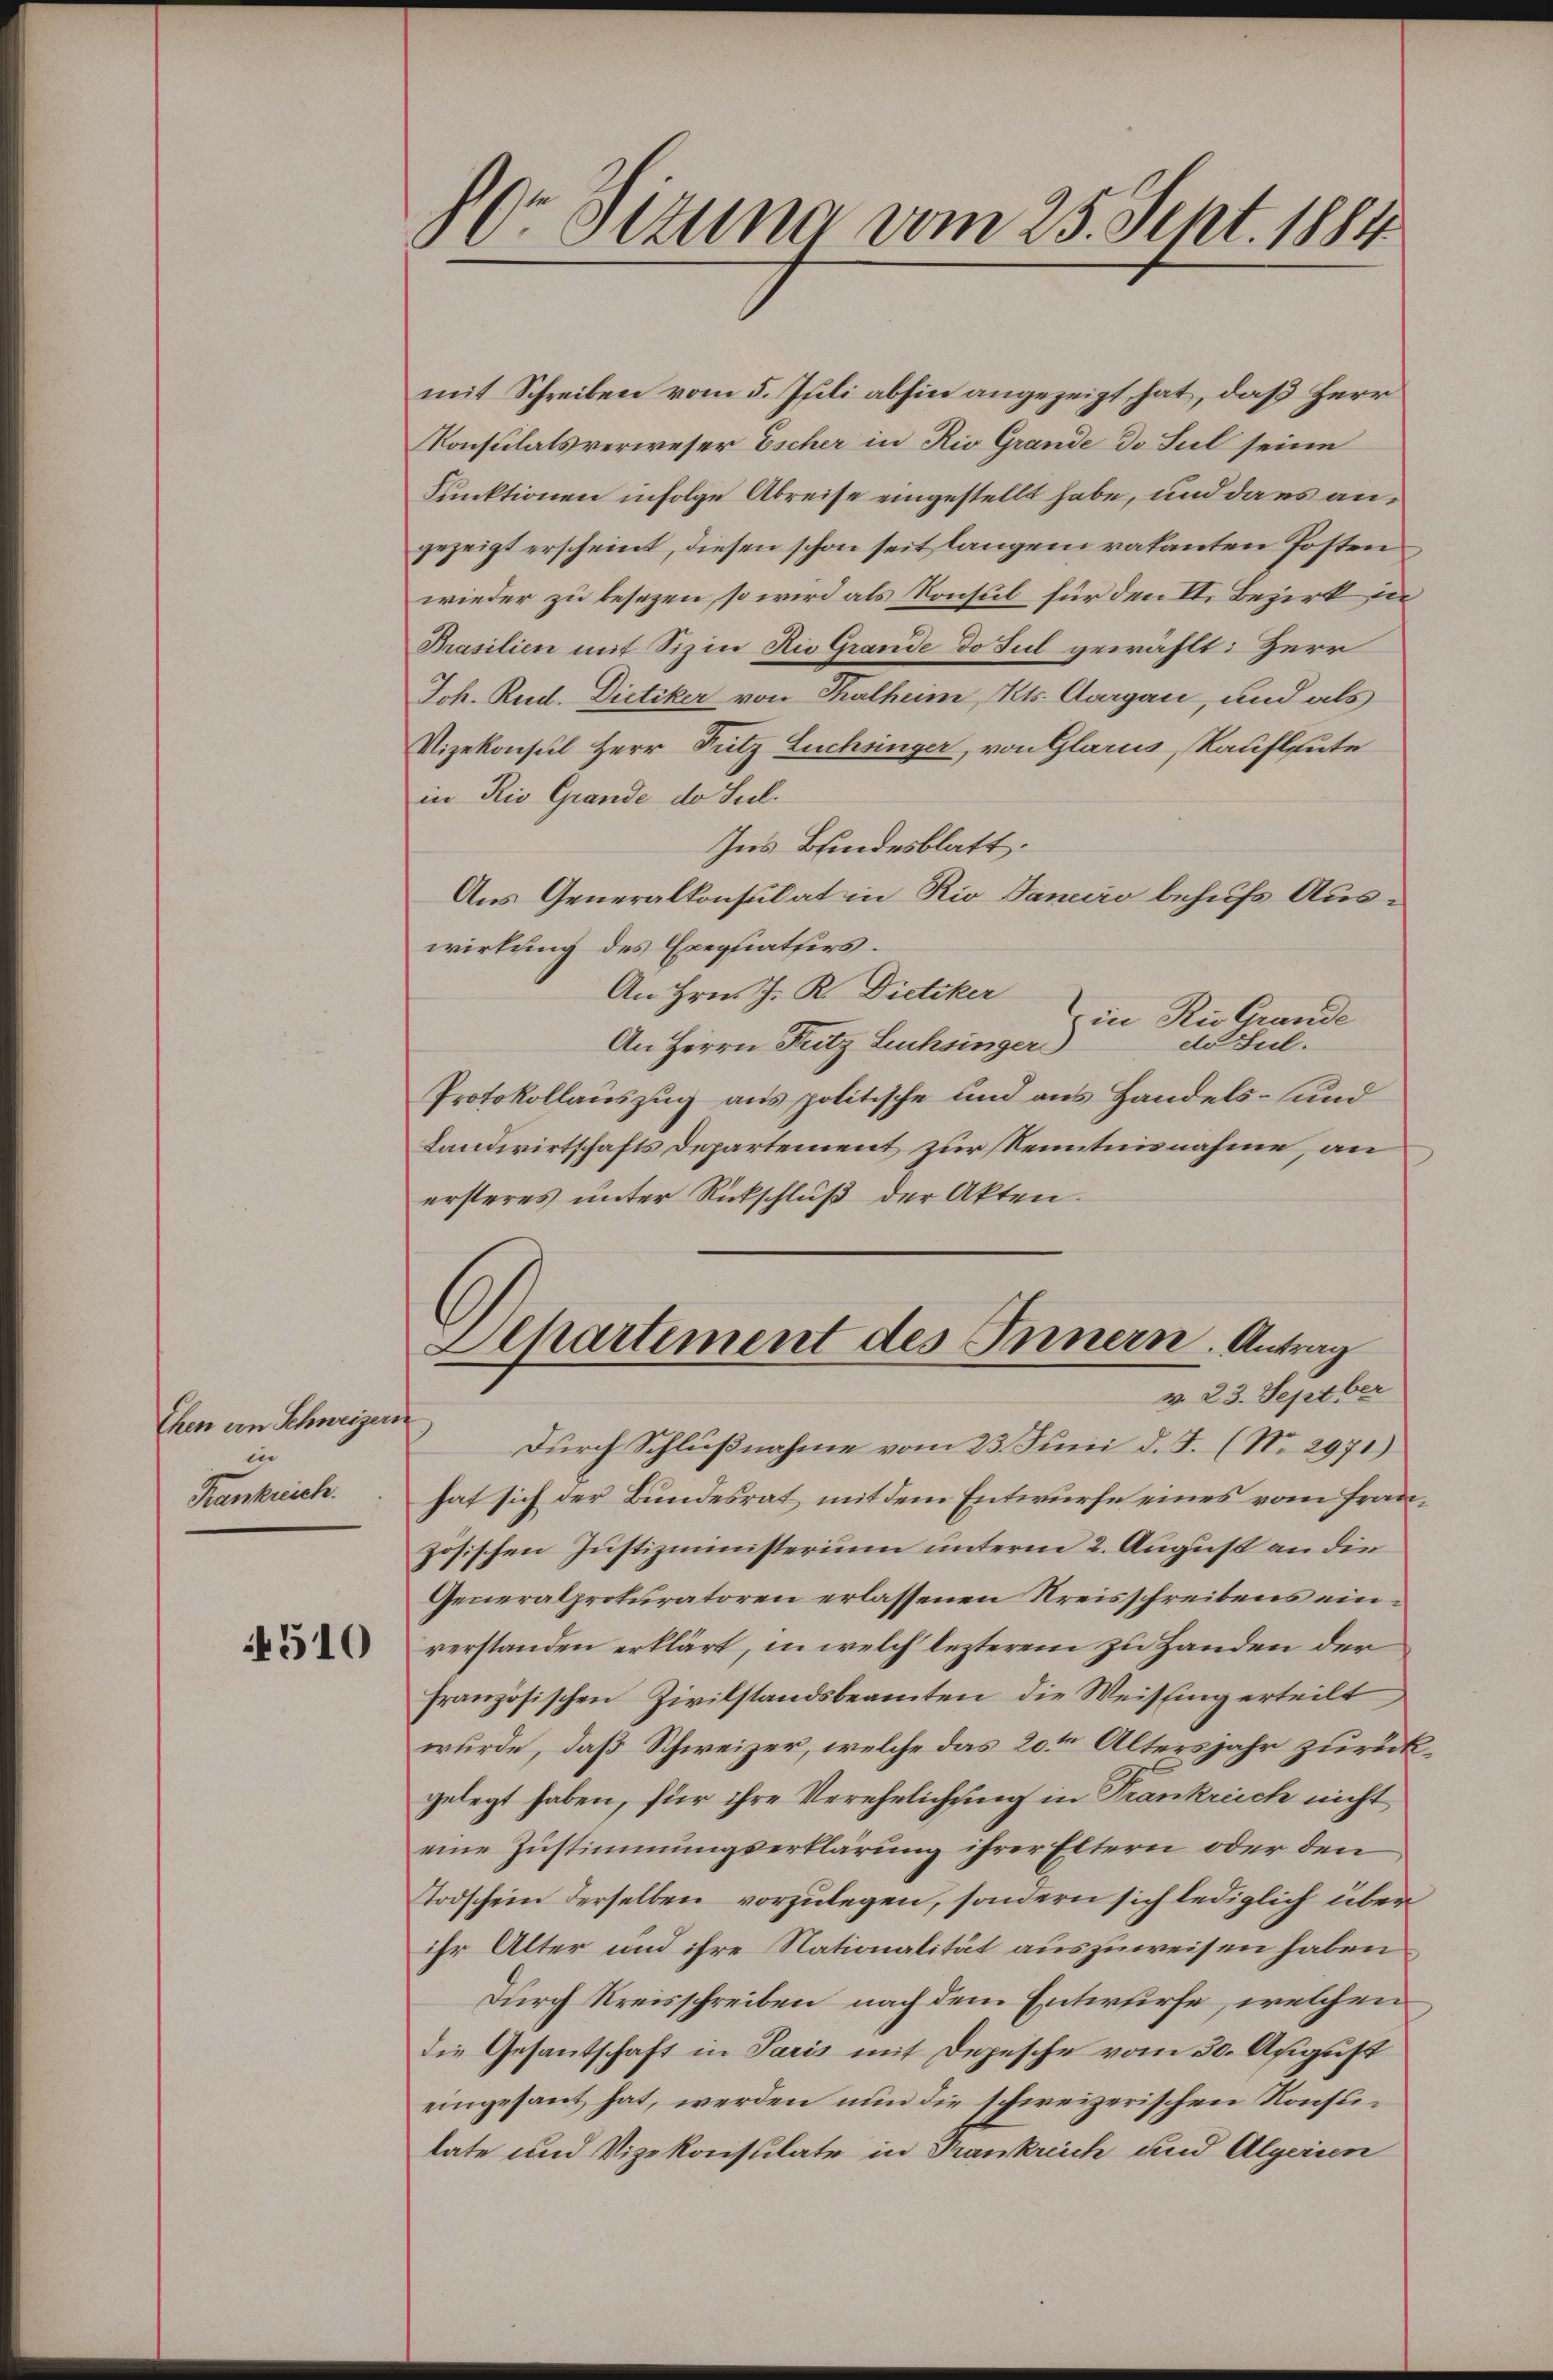
then von Schweizer
in
Krankreich.

510

30r Ottung vom 25. Sept. 1884

mit Schreiben vom 5. Juli abhin angezeigt hat, daß Herr
Konsulatsverweser Escher in Rio Grande do sul seine
Funktionen infolge Abreise eingestellt habe, und dass angezeigt erscheint, diesen schon seit langem vakanten Posten
wieder zu besezen, so wird als Konsul für den II. Bezirk in
Prasilien mit Sizin die Grande do sul gewählt: Herr
Joh. Rud. Dietiker von Thalheim, Kts. Aargau, und als
Vizekonsul Herr Fritz Luchinger, von Glarus, Kaufleute
in Rio Grande de Seel¬
Ins Bindesblatt.
Aus Generalkonsulat in Rio Janeiro behufs Auswirkung des Exegiatsers.
An Hrn. J. R. Dietiker
Zin zu Grunde
de Jul.
An Herrn Fritz Luchsinger
Protokollauszug aus politische und aus Handels- und
Landwirtschafts Departement zur Kenntnisnahme, an
ersteres unter Rückschluß der Akten.
Separtement des Innern. Antrag
v. 23. Sept ber
Durch Schlußnahme vom 23. Juni d. J. (No. 2971)
hat sich der Bundesrat mit dem Entwurfe eines vom Frazösischen Justizministerium unterm 2. August an die
Generalprokuratoren erlassenen Kreisschreibens einverstanden erklärt, in welch lezterem zu Handen der
französischen Zivilstandsbeamten die Weissing erteilt
wurde, daß Schweizer, welche das 20ten Altersjahr zurückgelegt haben, für ihre Verehelichung in Frankreich nicht
eine Zustimmungserklärung ihrer Eltern oder den
Todschein derselben vorzulegen, sondern sich lediglich überihr Alter und ihre Nationalität auszuweisen haben
Durch Kreisschreiben nach dem Entwurfe, welchen
die Gesantschaft in Paris mit Depesche vom 30. August
eingesant hat, werden nun die schweizerischen Konsulate und Vizekonsulate in Frankreich und Algerien